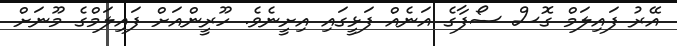
އޭރު ފައިލަމް ގޮސް ސޯފާގެ އަނެއް ފަޅީގައި އިށީނެވެ. ހޫރީންއަށް ފައިލަމްގެ މޫނަށް